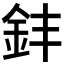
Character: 𫒊